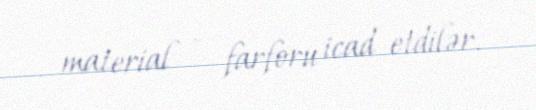
material — farforu icad etdilər.